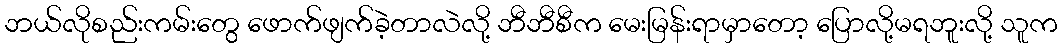
ဘယ်လိုစည်းကမ်းတွေ ဖောက်ဖျက်ခဲ့တာလဲလို့ ဘီဘီစီက မေးမြန်းရာမှာတော့ ပြောလို့မရဘူးလို့ သူက